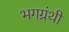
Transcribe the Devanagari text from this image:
भगग्रंथी